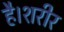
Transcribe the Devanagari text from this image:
है।शरीर